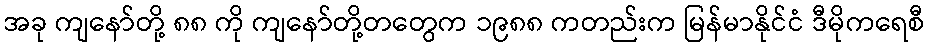
အခု ကျနော်တို့ ၈၈ ကို ကျနော်တို့တတွေက ၁၉၈၈ ကတည်းက မြန်မာနိုင်ငံ ဒီမိုကရေစီ